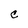
Character: C